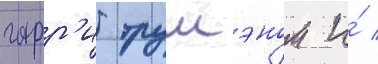
гарр'и трумэном и́ /